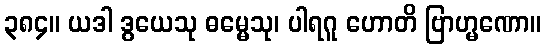
၃၈၄။ ယဒါ ဒွယေသု ဓမ္မေသု၊ ပါရဂူ ဟောတိ ဗြာဟ္မဏော။